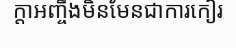
ក្តាអញ្ចឹងមិនមែនជាការកៀរ